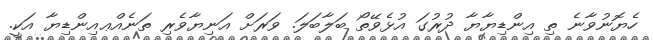
ހެޔޮނުވާނެ ތި އިންޑިޔާޔާ ދުރުގަ އުޅެވޭތޯ ބަލާބަލަ. ވަރަށް އަނިޔާވެރި ތަނެއްޢއިންޑިޔާ އަކީ.